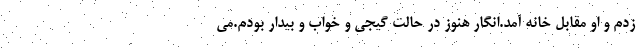
زدم و او مقابل خانه آمد.انگار هنوز در حالت گیجی و خواب و بیدار بودم.می